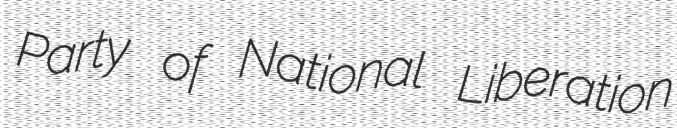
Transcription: Party of National Liberation